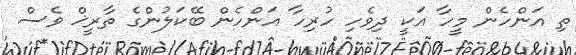
ތި އަންހެން މީހާ އަކީ ދިވެހި ހުރިހާ އަންހެން ބޭކަލުންގެ ތާރީޚް ވެސް